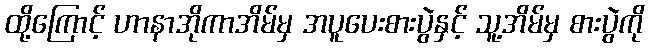
ထို့ကြောင့် ဟာနာအိုကာအိမ်မှ အပူပေးစားပွဲနှင့် သူ့အိမ်မှ စားပွဲကို